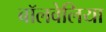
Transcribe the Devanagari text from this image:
बॉलवेलिया